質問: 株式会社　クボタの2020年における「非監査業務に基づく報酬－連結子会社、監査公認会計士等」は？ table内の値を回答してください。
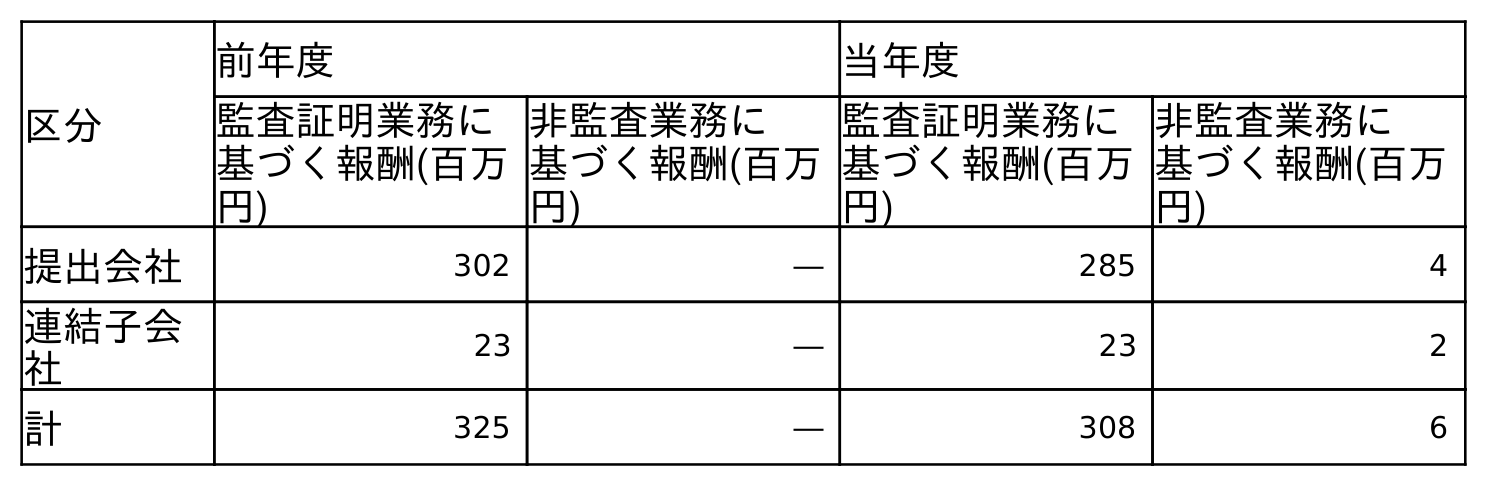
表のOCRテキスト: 区分 前年度 当年度 監査証明業務に 基づく報酬(百万 円) 非監査業務に 基づく報酬(百万 円) 監査証明業務に 基づく報酬(百万 円) 非監査業務に 基づく報酬(百万 円) 提出会社 302 ― 285 4 連結子会 社 23 ― 23 2 計 325 ― 308 6
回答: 2